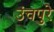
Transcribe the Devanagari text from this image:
उंचपुरे